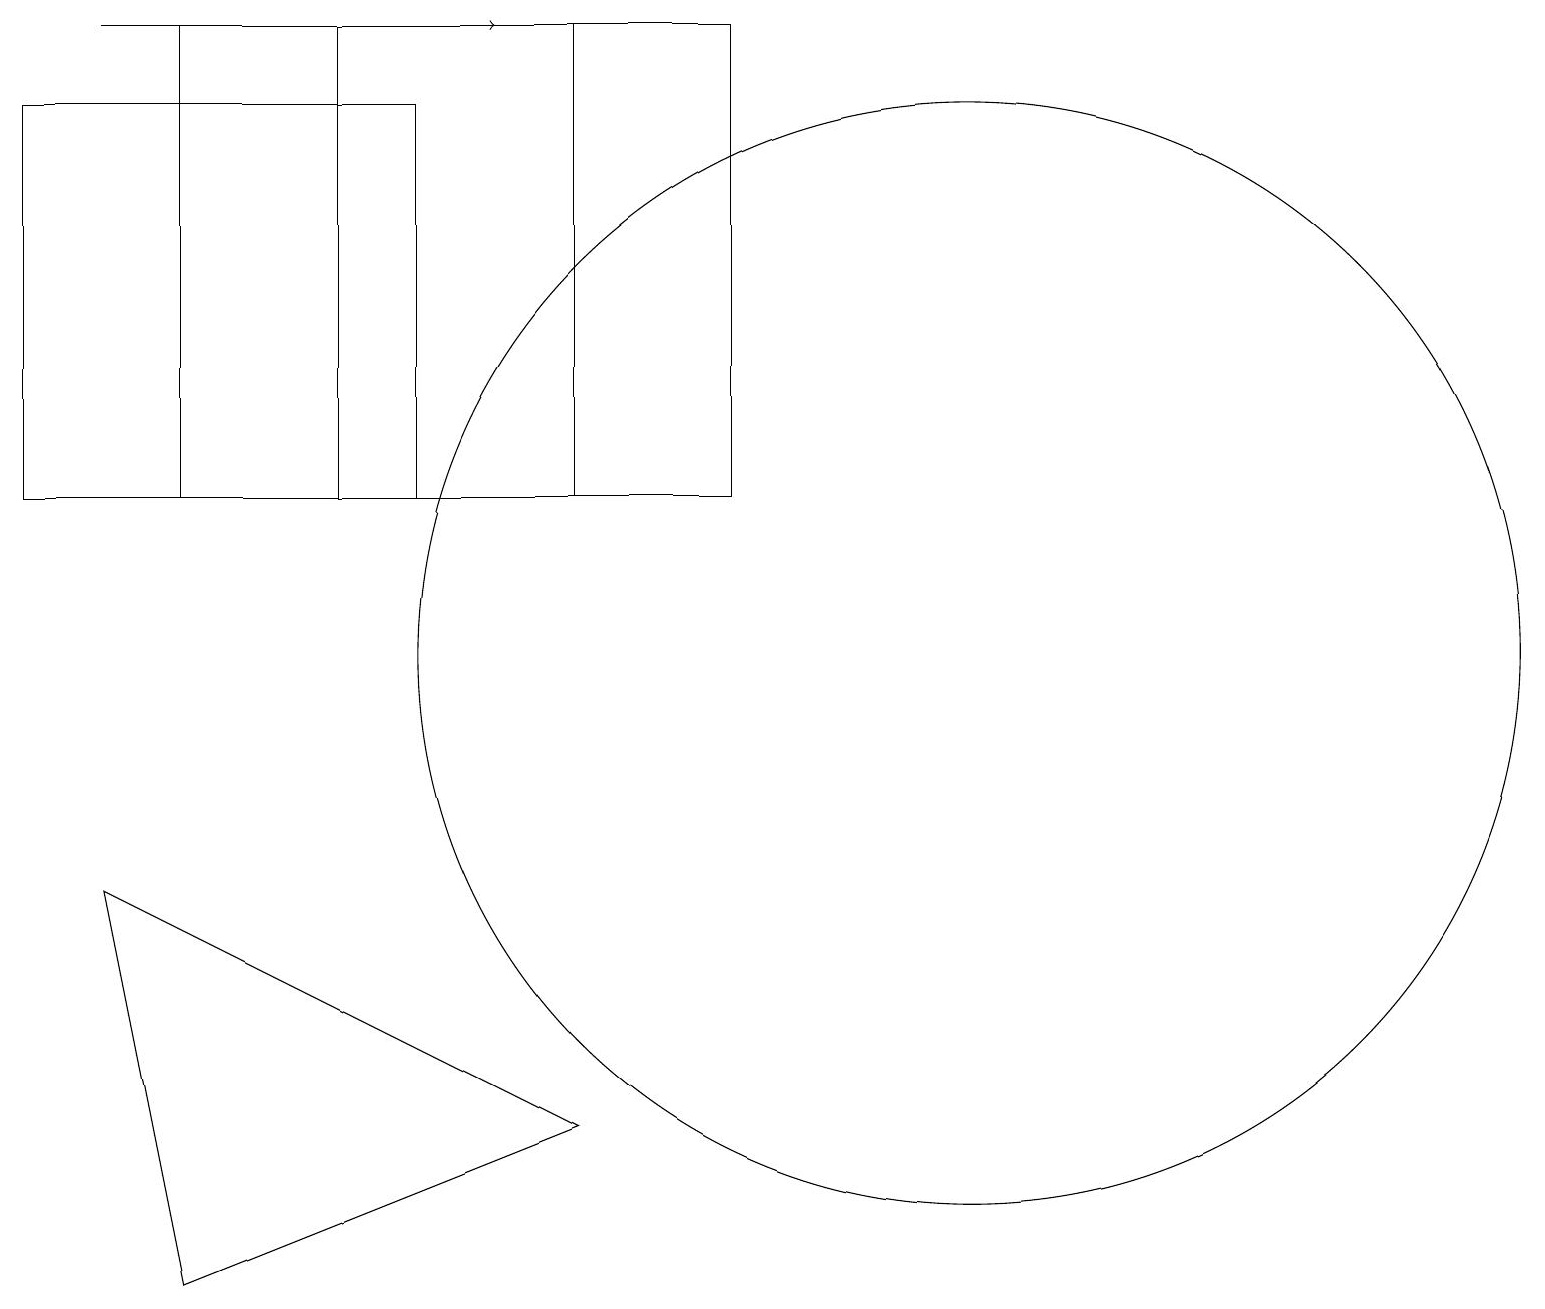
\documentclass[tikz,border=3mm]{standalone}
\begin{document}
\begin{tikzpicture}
\draw[->] (1,19) -- (6,19);
\draw (7,13) rectangle (4,19);
\draw (7,5) -- (2,3) -- (1,8) -- cycle;
\draw (5,13) rectangle (0,18);
\draw (2,13) rectangle (9,19);
\draw (12,11) circle (7);
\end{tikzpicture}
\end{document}